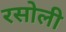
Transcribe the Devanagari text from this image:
रसोली